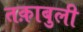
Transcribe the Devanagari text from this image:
तक़ाबुली